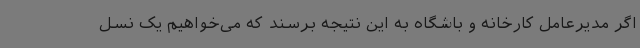
اگر مدیرعامل کارخانه و باشگاه به این نتیجه برسند که می‌خواهیم یک نسل